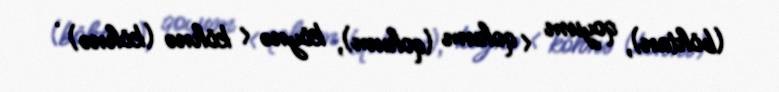
(böhtan), qoyum < qohum (qohum), köynə < köhnə (köhnə) .